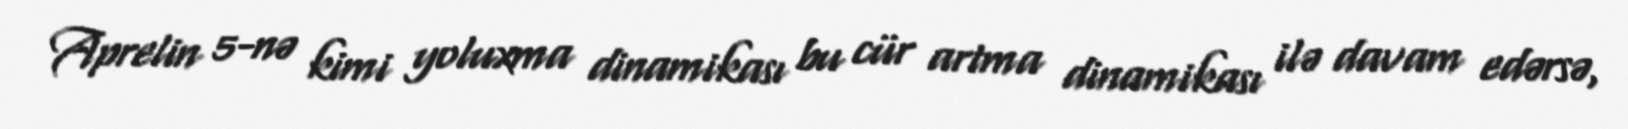
Aprelin 5-nə kimi yoluxma dinamikası bu cür artma dinamikası ilə davam edərsə,